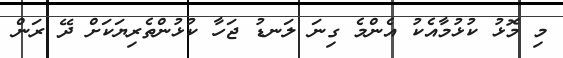
މި މޮޅު ކުޅުމާއެކު އެންމެ ގިނަ ލަނޑު ޖަހާ ކުޅުންތެރިޔަކަށް ދޭ ރަން